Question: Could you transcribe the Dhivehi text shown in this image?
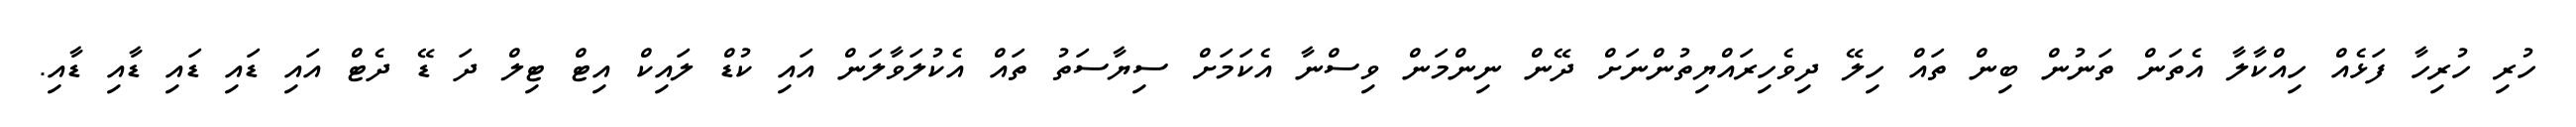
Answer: ހުރި ހުރިހާ ފަޅެއް ހިއްކާލާ އެތަން ތަނުން ބިން ތައް ހިލޭ ދިވެހިރައްޔިތުންނަށް ދޭން ނިންމަން ވިސްނާ އެކަމަށް ސިޔާސަތު ތައް އެކުލަވާލަން އައި ކުޑް ލައިކް އިޓް ޓިލް ދަ ޑޭ ދެޓް އައި ޑައި ޑައި ޑާއި ޑާއި.